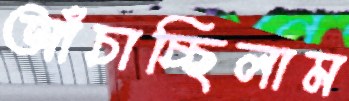
আঁচাচ্ছিলাম